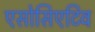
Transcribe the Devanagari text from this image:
एसोसिएटिव